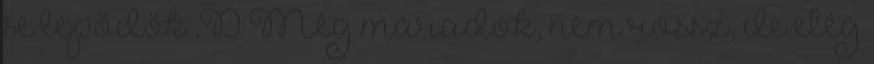
se lepődök :D Még maradok, nem rossz, de elég